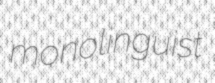
monolinguist